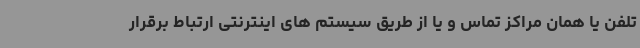
تلفن یا همان مراکز تماس و یا از طریق سیستم های اینترنتی ارتباط برقرار